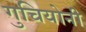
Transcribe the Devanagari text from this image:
गुचियोनी